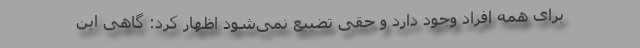
برای همه افراد وجود دارد و حقی تضییع نمی‌شود اظهار کرد: گاهی این